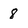
Character: 8